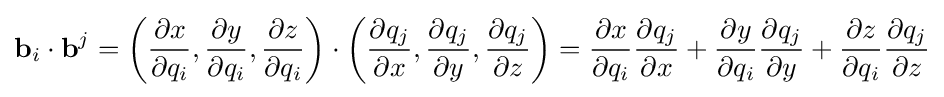
\mathbf {b} _{i}\cdot \mathbf {b} ^{j}=\left({\dfrac {\partial x}{\partial q_{i}}},{\dfrac {\partial y}{\partial q_{i}}},{\dfrac {\partial z}{\partial q_{i}}}\right)\cdot \left({\dfrac {\partial q_{j}}{\partial x}},{\dfrac {\partial q_{j}}{\partial y}},{\dfrac {\partial q_{j}}{\partial z}}\right)={\dfrac {\partial x}{\partial q_{i}}}{\dfrac {\partial q_{j}}{\partial x}}+{\dfrac {\partial y}{\partial q_{i}}}{\dfrac {\partial q_{j}}{\partial y}}+{\dfrac {\partial z}{\partial q_{i}}}{\dfrac {\partial q_{j}}{\partial z}}